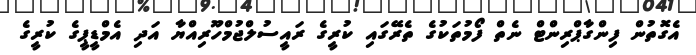
އެގޮތުން ފިންގާޕްރިންޓް ނެތް ފޯމުތަކުގެ ތެރޭގައި ކުރީގެ ރައީސުލްޖުމްހޫރިއްޔާ އަދި އެމްޑީޕީގެ ކުރީގެ